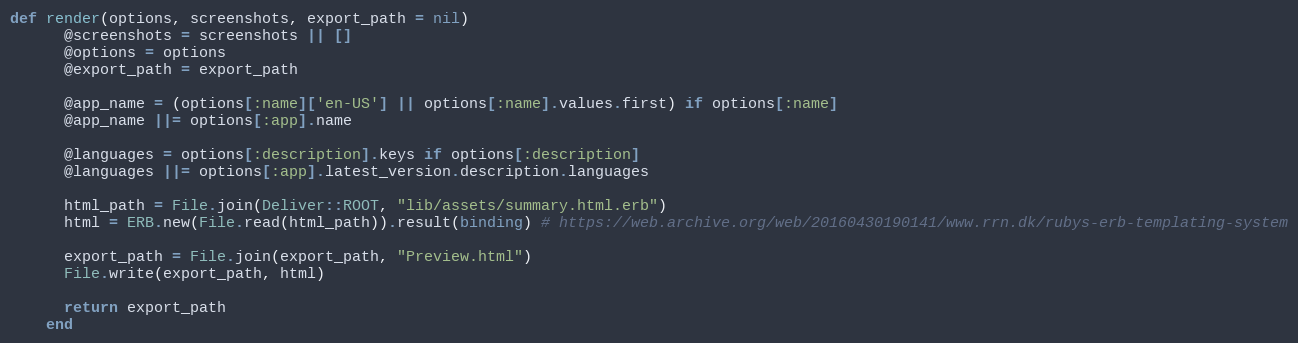
Language: Ruby
def render(options, screenshots, export_path = nil)
      @screenshots = screenshots || []
      @options = options
      @export_path = export_path

      @app_name = (options[:name]['en-US'] || options[:name].values.first) if options[:name]
      @app_name ||= options[:app].name

      @languages = options[:description].keys if options[:description]
      @languages ||= options[:app].latest_version.description.languages

      html_path = File.join(Deliver::ROOT, "lib/assets/summary.html.erb")
      html = ERB.new(File.read(html_path)).result(binding) # https://web.archive.org/web/20160430190141/www.rrn.dk/rubys-erb-templating-system

      export_path = File.join(export_path, "Preview.html")
      File.write(export_path, html)

      return export_path
    end